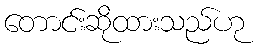
တောင်းဆိုထားသည်ဟု